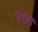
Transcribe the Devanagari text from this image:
बंदुओं